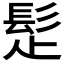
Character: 𩬄